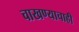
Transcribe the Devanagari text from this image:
चाखण्याचाही